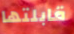
قابلتها